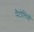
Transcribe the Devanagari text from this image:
पैंटोलियों